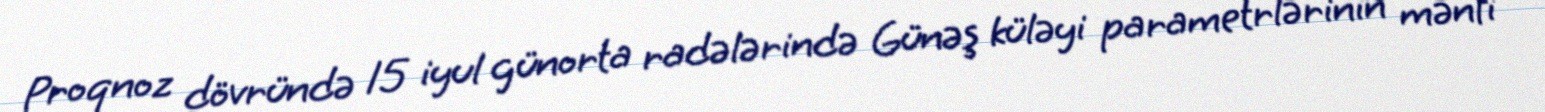
Proqnoz dövründə 15 iyul günorta radələrində Günəş küləyi parametrlərinin mənfi